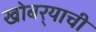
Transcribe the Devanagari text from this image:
खोबर्‍याची